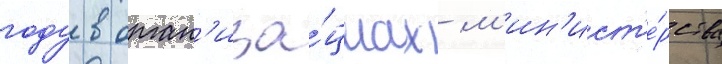
году в орган'иза́циах м'ин'ист'е́рства